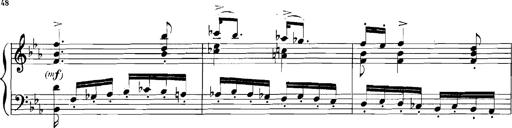
Title: Rhapsodies hongroises
Composer: Franz Liszt